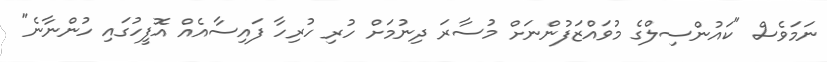
ނަމަވެސް "ކައުންސިލްގެ މުވައްޒަފުންނަށް މުސާރަ ދިނުމަށް ހުރި ހުރިހާ ފައިސާއެއް އޮފީހުގައި ހުންނާނެ"